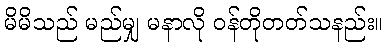
မိမိသည် မည်မျှ မနာလို ဝန်တိုတတ်သနည်း။